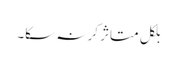
بلکل متاثر کر نہ سکا۔